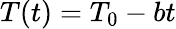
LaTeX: T(t)=T_{0}-bt